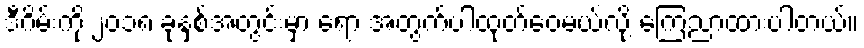
ဒီဂိမ်းကို ၂၀၁၈ ခုနှစ်အတွင်းမှာ ရော အတွက်ပါထုတ်ဝေမယ်လို့ ကြေညာထားပါတယ်။